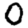
Digit: 0